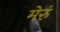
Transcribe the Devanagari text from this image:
मेरुं